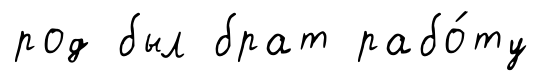
род был брат рабо́ту